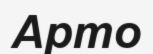
Арто